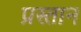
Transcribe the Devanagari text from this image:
प्रस्तान